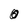
Character: 0